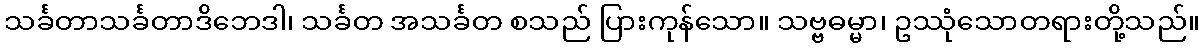
သင်္ခတာသင်္ခတာဒိဘေဒါ၊ သင်္ခတ အသင်္ခတ စသည် ပြားကုန်သော။ သဗ္ဗဓမ္မာ၊ ဥဿုံသောတရားတို့သည်။